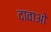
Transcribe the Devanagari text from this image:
दावाओ